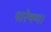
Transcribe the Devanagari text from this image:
पारेषण।